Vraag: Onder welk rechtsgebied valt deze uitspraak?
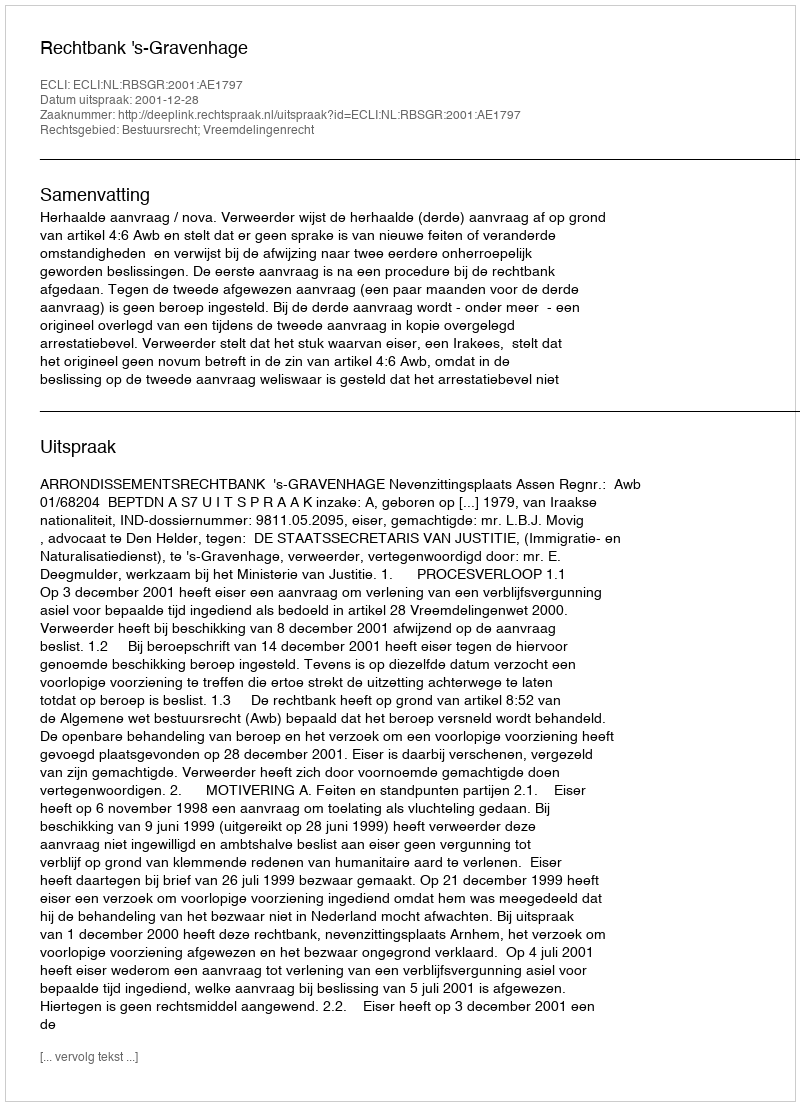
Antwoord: Bestuursrecht; Vreemdelingenrecht